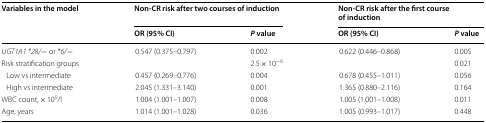
| <ROWSPAN=2> Variables in the model | <COLSPAN=2> Non-CR risk after two courses of induction | <COLSPAN=2> Non-CR risk after the first course of induction |
 | OR (95% CI) | P value | OR (95% CI) | P value |
 | --- | --- | --- | --- | --- |
 | UGT1A1 *28/− or *6/− | 0.547 (0.375–0.797) | 0.002 | 0.622 (0.446–0.868) | 0.005 |
 | Risk stratification groups |  | 2.5 × 10−6 |  | 0.021 |
 | Low vs intermediate | 0.457 (0.269–0.776) | 0.004 | 0.678 (0.455–1.011) | 0.056 |
 | High vs intermediate | 2.045 (1.331–3.140) | 0.001 | 1.365 (0.880–2.116) | 0.164 |
 | WBC count, × 109/l | 1.004 (1.001–1.007) | 0.008 | 1.005 (1.001–1.008) | 0.011 |
 | Age, years | 1.014 (1.001–1.028) | 0.036 | 1.005 (0.993–1.017) | 0.448 |